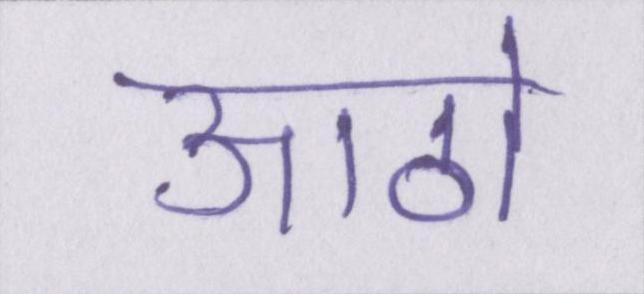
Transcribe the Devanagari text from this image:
आठो